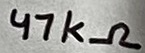
Text: 47kΩ